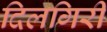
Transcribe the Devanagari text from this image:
दिलगिरी